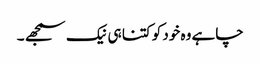
چاہے وہ خود کو کتنا ہی نیک سمجھے ۔